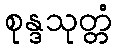
စုန္ဒသုတ္တံ